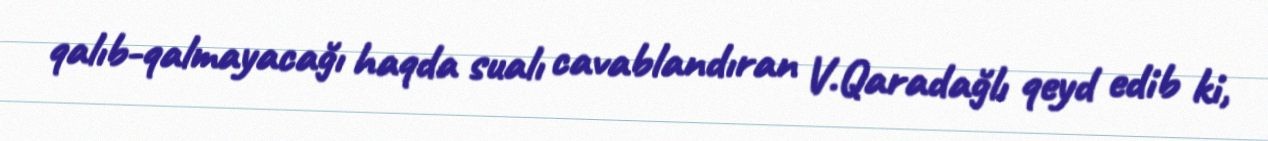
qalıb-qalmayacağı haqda sualı cavablandıran V.Qaradağlı qeyd edib ki,